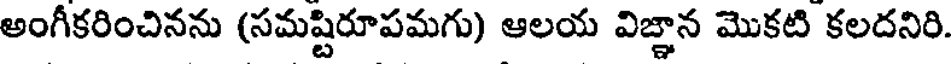
అంగీకరించినను (సమష్టిరూపమగు) ఆలయ విజ్ఞాన మొకటి కలదనిరి.